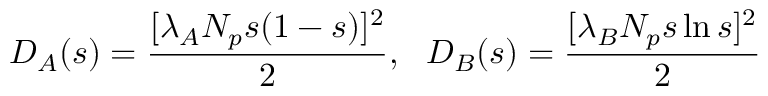
D _ { A } ( s ) = \frac { [ \lambda _ { A } N _ { p } s ( 1 - s ) ] ^ { 2 } } { 2 } , ~ ~ D _ { B } ( s ) = \frac { [ \lambda _ { B } N _ { p } s \ln { s } ] ^ { 2 } } { 2 }